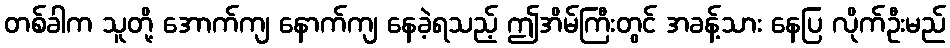
တစ်ခါက သူတို့ အောက်ကျ နောက်ကျ နေခဲ့ရသည့် ဤအိမ်ကြီးတွင် အခန့်သား နေပြ လိုက်ဦးမည်